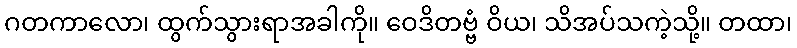
ဂတကာလော၊ ထွက်သွားရာအခါကို။ ဝေဒိတဗ္ဗံ ဝိယ၊ သိအပ်သကဲ့သို့။ တထာ၊